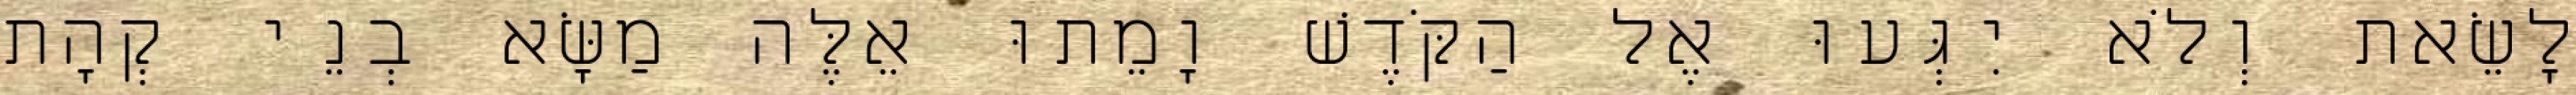
לָשֵׂאת וְלֹא יִגְּעוּ אֶל הַקֹּדֶשׁ וָמֵתוּ אֵלֶּה מַשָּׂא בְנֵי קְהָת